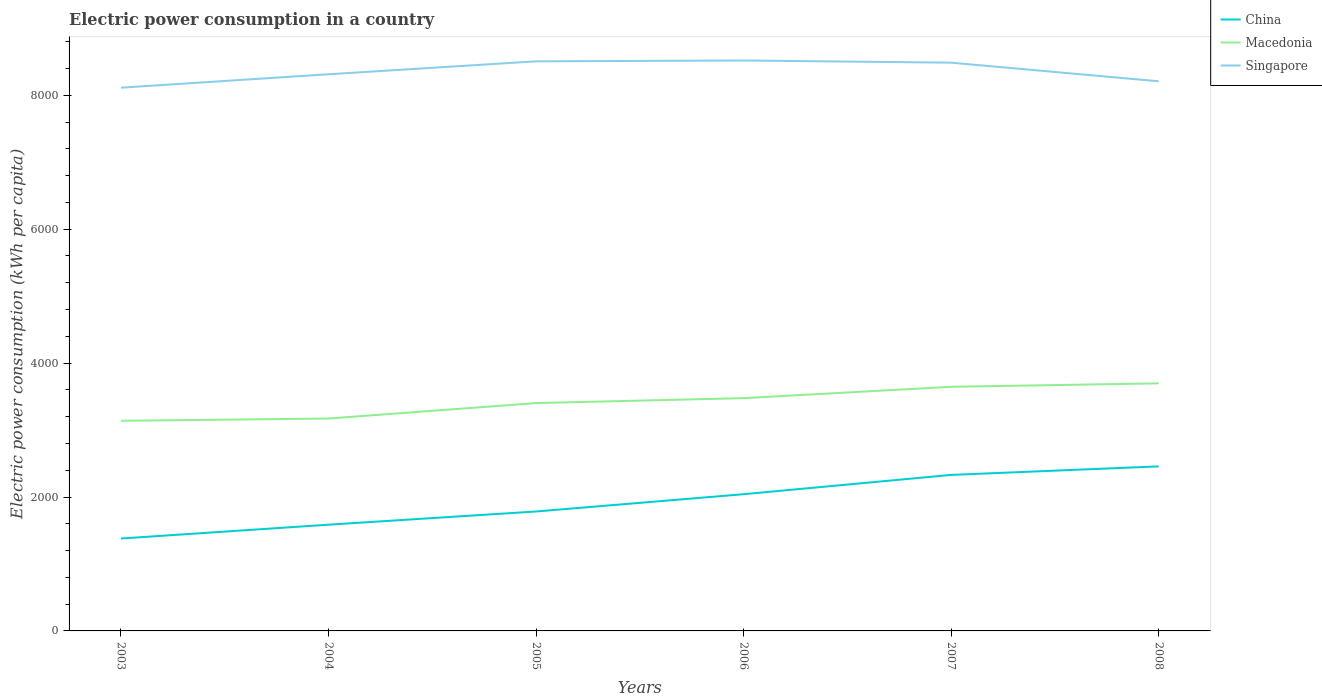
| Years | China | Macedonia | Singapore |
 | --- | --- | --- | --- |
 | 2003 | 1.38e+03 | 3.14e+03 | 8.11e+03 |
 | 2004 | 1.59e+03 | 3.17e+03 | 8.31e+03 |
 | 2005 | 1.78e+03 | 3.4e+03 | 8.51e+03 |
 | 2006 | 2.04e+03 | 3.48e+03 | 8.52e+03 |
 | 2007 | 2.33e+03 | 3.65e+03 | 8.49e+03 |
 | 2008 | 2.46e+03 | 3.7e+03 | 8.21e+03 |